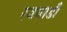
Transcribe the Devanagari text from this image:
रजवाडी